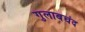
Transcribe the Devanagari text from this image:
गुलाबचंद